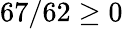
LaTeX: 67/62\geq 0